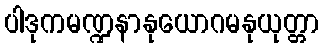
ပါဒုကမဏ္ဍနာနုယောဂမနုယုတ္တာ